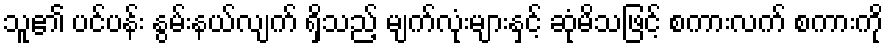
သူ၏ ပင်ပန်း နွမ်းနယ်လျက် ရှိသည့် မျက်လုံးများနှင့် ဆုံမိသဖြင့် စကားလက် စကားကို